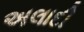
અલાદી